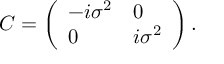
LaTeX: C = \left( \begin{array} { l l } { { - i \sigma ^ { 2 } } } & { { 0 } } \\ { { 0 } } & { { i \sigma ^ { 2 } } } \end{array} \right) .